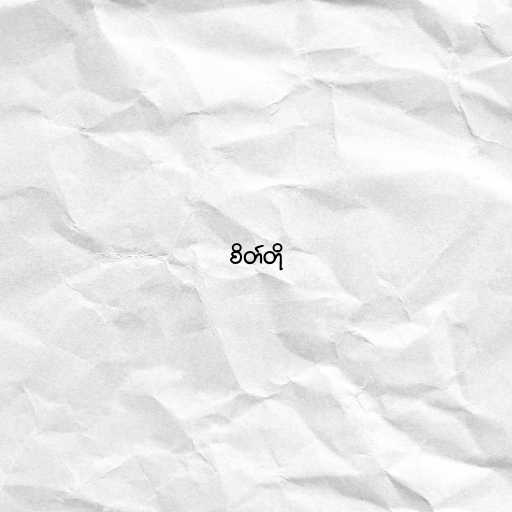
စိတ်တို